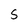
Character: S